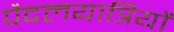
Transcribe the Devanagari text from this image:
पैदलयात्रियों